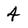
Character: 4